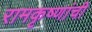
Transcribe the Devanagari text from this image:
रामकृष्णांची